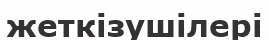
жеткізушілері